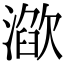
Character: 𣽌